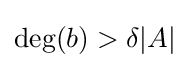
\deg(b)>\delta |A|